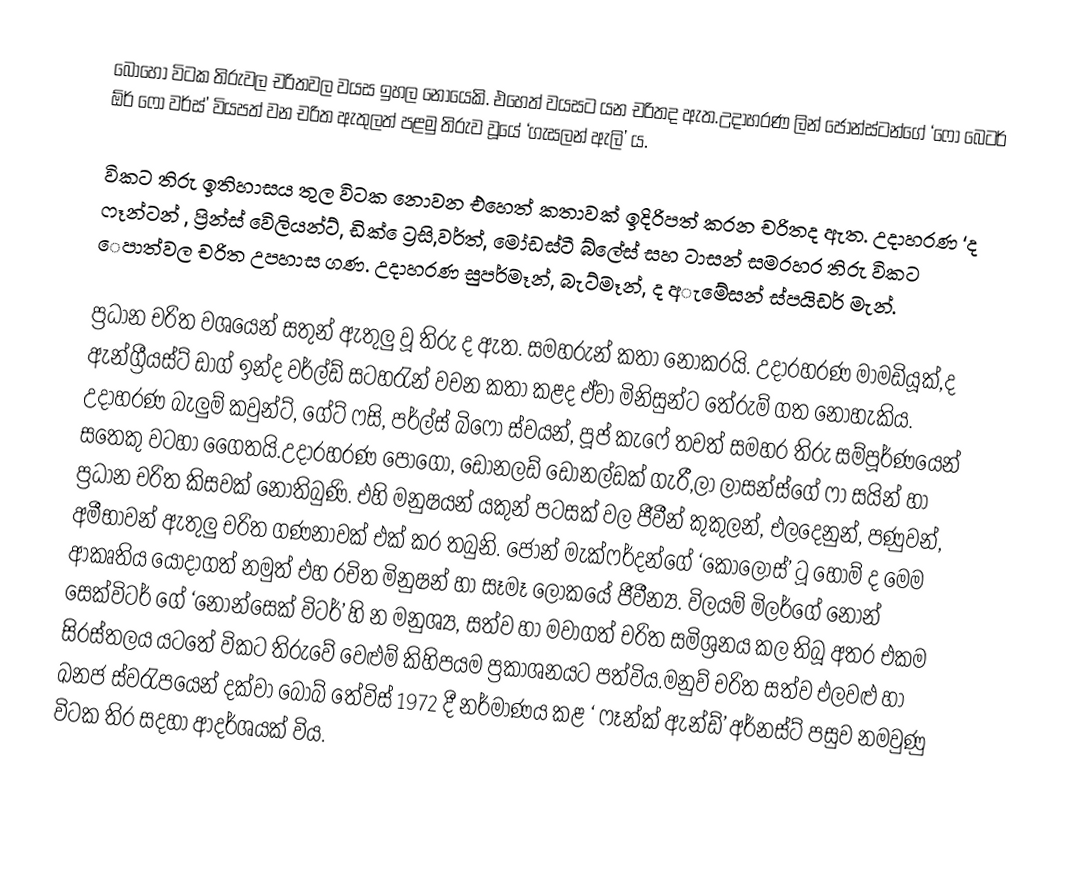
බොහෝ විටක තිරුවල චරිතවල වයස ඉහල  නොයෙකි. එහෙත් වයසට යන චරිතද ඇත.උදාහරණ ලින් ජොන්ස්ටන්ගේ ‘ෆෝ බෙටර් ඕර් ෆෝ වර්ස්’ වියපත් වන චරිත ඇතුලත් පළමු  තිරුව වූයේ ‘ගැසලන් ඇලි’ ය.

විකට තිරු ඉතිහාසය තුල විටක නොවන එහෙත් කතාවක් ඉදිරිපත් කරන චරිතද ඇත. උදාහරණ ‘ද ෆෑන්ටන් , ප්‍රින්ස් වෙිලියන්ට්, ඩික් ෙට්‍රසි,වර්ත්, මෝඩස්ටී  බ්ලේස් සහ ටාසන් සමරහර තිරු විකට ෙපාත්වල චරිත උපහාස  ගණ. උදාහරණ සුපර්මෑන්, බැට්මෑන්, ද අැමේසන් ස්පයිඩර් මැන්.

ප්‍රධාන චරිත වශයෙන් සතුන් ඇතුලු වූ තිරු ද ඇත.  සමහරුන් කතා නොකරයි. උදාරහරණ මාමඩියූක්,ද ඇන්ග්‍රීයස්ට් ඩා්ග් ඉන්ද වර්ල්ඩ් සටහරැන් වචන කතා කළද ඒවා මිනිසුන්ට තේරුම් ගත නොහැකිය. උදාහරණ බැලුම් කවුන්ට්, ගේට් ෆසි, පර්ල්ස් බිෆෝ ස්වයන්, පූප් කැෆේ තවත් සමහර තිරු සම්පූර්ණයෙන් සතෙකු වටහා ගෙෙතයි.උදාරහරණ පොගෝ, ඩෝනලඩ් ඩොනල්ඩක් ගැරී,ලා ලාසන්ස්ගේ ෆා සයින් හා ප්‍රධාන  චරිත කිසවක් නොතිබුණි. එහි මනුෂයන් යකුන් පටසක් වල ජීවීන් කුකුලන්, එලදෙනුන්, පණුවන්, අමීභාවන් ඇතුලු චරිත ගණනාවක් එක් කර තබුනි. ජෝන් මැක්ෆර්දන්ගේ ‘කෝලොස්’  ටූ හෝම් ද මෙම ආකෘතිය යොදාගත් නමුත් එහ රචිත මිනුෂන් හා සෑමෑ ලෝකයේ ජීවීන්‍ය. විලයම් මිලර්ගේ නොන් සෙක්විටර් ගේ ‘නොන්සෙක් විටර්’ හි න මනුශ්‍ය, සත්ව හා මවාගත් චරිත සමිශ්‍රනය කල තිබූ අතර එකම සිරස්තලය යටතේ විකට තිරුවේ වෙළුම් කිහිපයම ප්‍රකාශනයට පත්විය.මනුව් චරිත සත්ව එලවළු හා ඛනජ ස්වරැපයෙන් දක්වා බෝබ් තේවිස් 1972 දී නර්මාණය කළ ‘ ෆෑන්ක් ඇන්ඩ්’ අර්නස්ට් පසුව  නමවුණු  විටක තිර සදහා ආදර්ශයක් විය.